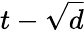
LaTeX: t-\sqrt{d}